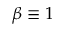
\beta \equiv 1